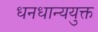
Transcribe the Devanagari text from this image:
धनधान्ययुक्त